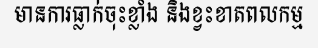
មានការធ្លាក់ចុះខ្លាំង និងខ្វះខាតពលកម្ម